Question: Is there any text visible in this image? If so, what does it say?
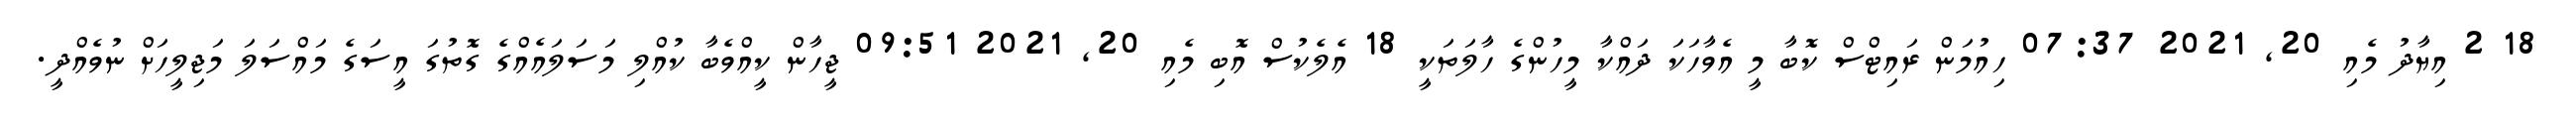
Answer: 18 2 އިޔާދު މެއި 20, 2021 07:37 ހިއުމަން ރައިޓްސް ކޮބާ މީ އެވާހަކަ ދައްކާ މީހުންގެ ހާލަތަކީ 18 އެލެކުސް އޮބި މެއި 20, 2021 09:51 ޖީހާން ކީއްވެބާ ކުއްލި މަސަލައެއްގެ ގޮތުގަ އީސަގެ މައްސަލަ މަޖިލީހަށް ނުވެއްދީ.